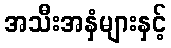
အသီးအနှံများနှင့်